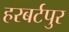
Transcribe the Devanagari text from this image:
हरबर्टपुर